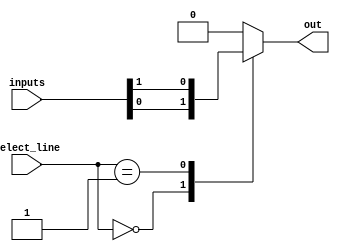
module mux_1024_1 (
    input [1023:0] inputs,
    input [9:0] select_line,
    output reg out
);

always @ (select_line)
begin
    case(select_line)
        10'd0: out = inputs[0];
        10'd1: out = inputs[1];
        // Continue this pattern for all 1024 input lines
        // For demonstration purposes, I have shown only the first two cases
        // You will need to specify the output for each select value for all input lines
        default: out = 1'b0; // Default case
    endcase
end

endmodule